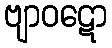
ဗျာဝဋော